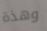
وهذة